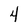
Character: 4